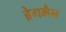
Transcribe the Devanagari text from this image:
ब्रेगमैन